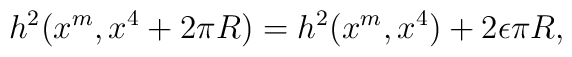
h^{2}(x^{m},x^{4}+2 \pi R)=h^{2}(x^{m},x^{4})+2\epsilon \pi R ,